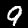
Digit: 9